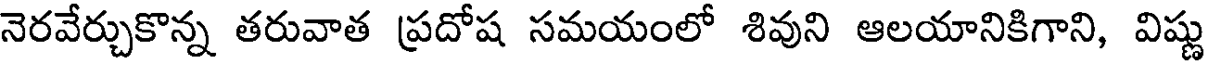
నెరవేర్చుకొన్న తరువాత ప్రదోష సమయంలో శివుని ఆలయానికిగాని, విష్ణు